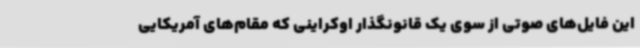
این فایل‌های صوتی از سوی یک قانونگذار اوکراینی که مقام‌های آمریکایی